Civil Veterinary Dept. Bombay admin report 1914-1922 - 1914-1922
Year: 1914
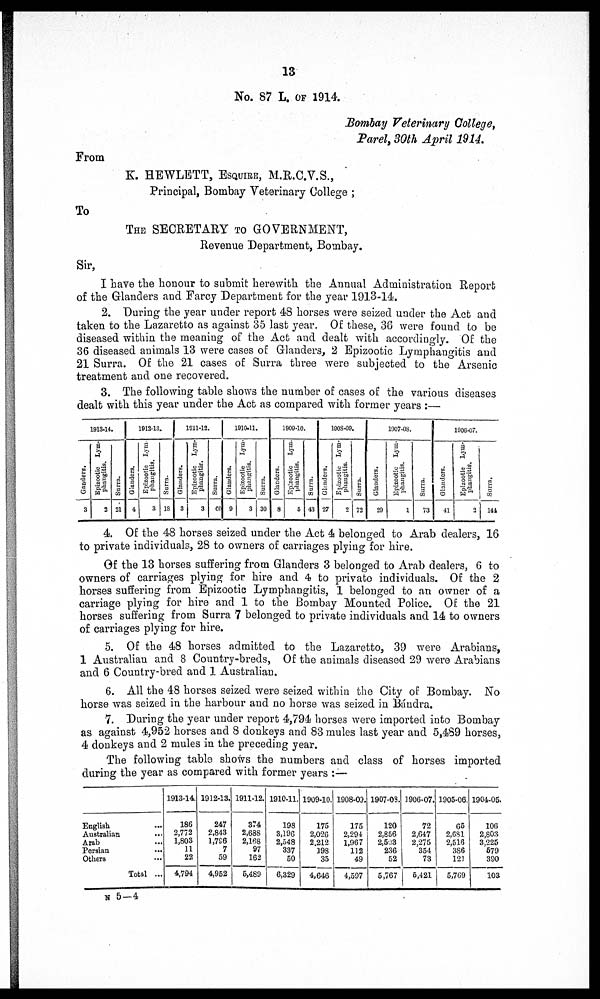
13
No. 87 L. OF 1914.
Bombay Veterinary College,
Parel, 30th April 1914.
From
K. HEWLETT, ESQUIRE, M.R.C.V.S.,
Principal, Bombay Veterinary College ;
To
THE SECRETARY TO GOVERNMENT,
Revenue Department, Bombay.
Sir,
I have the honour to submit herewith the Annual Administration Report
of the Glanders and Farcy Department for the year 1913-14.
2. During the year under report 48 horses were seized under the Act and
taken to the Lazaretto as against 35 last year. Of these, 36 were found to be
diseased within the meaning of the Act and dealt with accordingly. Of the
36 diseased animals 13 were cases of Glanders, 2 Epizootic Lymphangitis and
21 Surra. Of the 21 cases of Surra three were subjected to the Arsenic
treatment and one recovered.
3. The following table shows the number of cases of the various diseases
dealt with this year under the Act as compared with former years :—
1913-14.
Ganders.
3
Epizootic Lym-
phangitis.
2
Surra.
21
1012-13.
Glanders.
4
Epizootic Lym-
phangitis.
3
Surra.
18
1011-12.
Glanders.
3
Epizootic Lym-
phangitis.
3
Surra.
60
1910-11.
Glanders.
0
Epizootic
Lym-
phangitis.
3
Surra.
30
1900-10.
Glanders.
8
Epizootic Lym-
phangitis.
5
Surra.
43
1908-09.
Glanders.
27
Epizootic Lym-
phangitis.
2
Surra.
72
1907-08.
Glanders.
20
Epizootic
Lym-
phangitis.
1
Surra.
73
1906-07.
Glanders.
41
Epizootic Lym-
phangitis.
2
Surra.
144
4. Of the 48 horses seized under the Act 4 belonged to Arab dealers, 16
to private individuals, 28 to owners of carriages plying for hire.
Of the 13 horses suffering from Glanders 3 belonged to Arab dealers, 6 to
owners of carriages plying for hire and 4 to private individuals. Of the 2
horses suffering from Epizootic Lymphangitis, 1 belonged to an owner of a
carriage plying for hire and 1 to the Bombay Mounted Police. Of the 21
horses suffering from Surra 7 belonged to private individuals and 14 to owners
of carriages plying for hire.
5. Of the 48 horses admitted to the Lazaretto, 39 were Arabians,
1 Australian and 8 Country-breds, Of the animals diseased 29 were Arabians
and 6 Country-bred and 1 Australian.
6. All the 48 horses seized were seized within the City of Bombay. No
horse was seized in the harbour and no horse was seized in Bándra.
7. During the year under report 4,794 horses were imported into Bombay
as against 4,952 horses and 8 donkeys and 83 mules last year and 5,489 horses,
4 donkeys and 2 mules in the preceding year.
The following table shows the numbers and class of horses imported
during the year as compared with former years :—
English ...
Australian ...
Arab ...
Persian ...
Others ...
Total ...
1913-14.
186
2,772
1,803
11
22
4,794
1912-13.
247
2,843
1,786
7
59
4,952
1911-12.
374
2,688
2,168
97
162
5,489
1910-11.
198
3,196
2,548
337
50
6,329
1909-10.
175
2,026
2,212
198
35
4,646
1908-09.
175
2,294
1,967
112
49
4,597
1907-03.
120
2,856
2,503
236
52
5,767
1906-07.
72
2,647
2,275
354
73
5,421
1905-06.
65
2,681
2,516
386
121
5,769
1904-05.
106
2,803
3,225
579
390
103
N 5—4